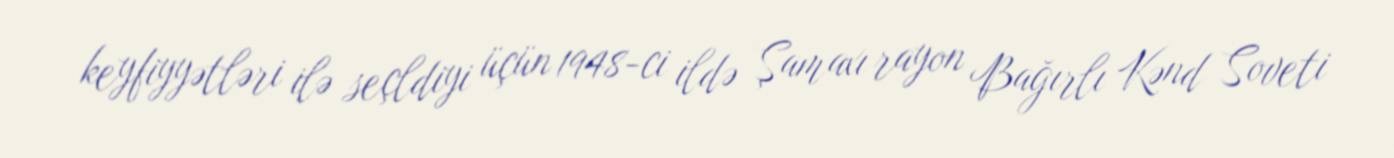
keyfiyyətləri ilə seçldiyi üçün 1948-ci ildə Şamaxı rayon Bağırlı Kənd Soveti